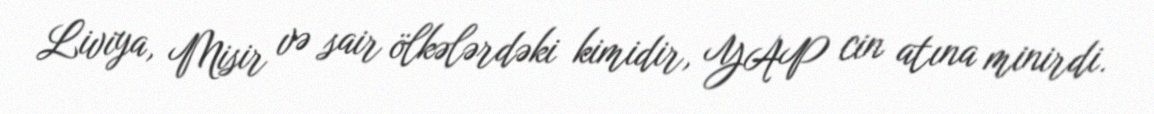
Liviya, Misir və sair ölkələrdəki kimidir, YAP cin atına minirdi.